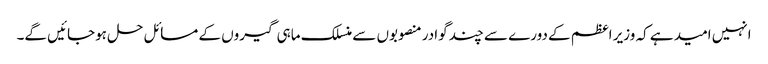
انہیں امید ہے کہ وزیر اعظم کے دورے سے چند گوادر منصوبوں سے منسلک ماہی گیروں کے مسائل حل ہوجائیں گے۔